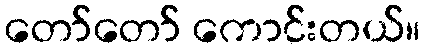
တော်တော် ကောင်းတယ်။